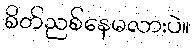
စိတ်ညစ်နေမလားပဲ။